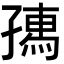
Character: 𡦗